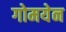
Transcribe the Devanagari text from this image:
गोमयेन